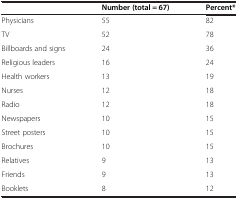
<table><thead><tr><td><b> </b></td><td><b>Number (total = 67)</b></td><td><b>Percent*</b></td></tr></thead><tbody><tr><td>Physicians</td><td>55</td><td>82</td></tr><tr><td>TV</td><td>52</td><td>78</td></tr><tr><td>Billboards and signs</td><td>24</td><td>36</td></tr><tr><td>Religious leaders</td><td>16</td><td>24</td></tr><tr><td>Health workers</td><td>13</td><td>19</td></tr><tr><td>Nurses</td><td>12</td><td>18</td></tr><tr><td>Radio</td><td>12</td><td>18</td></tr><tr><td>Newspapers</td><td>10</td><td>15</td></tr><tr><td>Street posters</td><td>10</td><td>15</td></tr><tr><td>Brochures</td><td>10</td><td>15</td></tr><tr><td>Relatives</td><td>9</td><td>13</td></tr><tr><td>Friends</td><td>9</td><td>13</td></tr><tr><td>Booklets</td><td>8</td><td>12</td></tr></tbody></table>